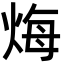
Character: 烸